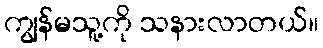
ကျွန်မသူ့ကို သနားလာတယ်။